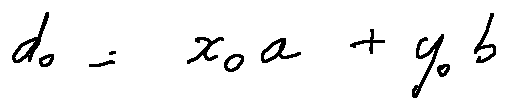
d _ { 0 } = x _ { 0 } a + y _ { 0 } b